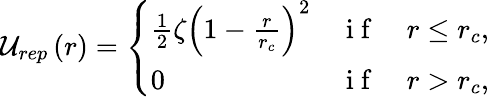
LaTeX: {\cal U}_{rep}\left(r\right)=\left\{ \begin{array}{lll}{\frac{1}{2}\zeta\left(1-\frac{r}{r_{c}}\right)^{2}}&{\mathrm{~i~f~}}&{r\leq r_{c},}\\ {0}&{\mathrm{~i~f~}}&{r>r_{c},}\end{array}\right.